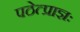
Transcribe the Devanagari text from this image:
पठेत्प्राज्ञः